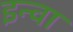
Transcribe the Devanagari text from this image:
इन्वा